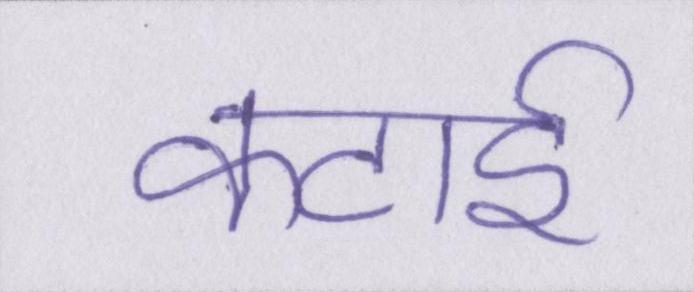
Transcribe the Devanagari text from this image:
कटाई